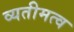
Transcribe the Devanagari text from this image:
व्यतीमत्व